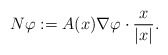
\begin{align*}N \varphi := A(x) \nabla \varphi \cdot \frac{x}{|x|}.\end{align*}